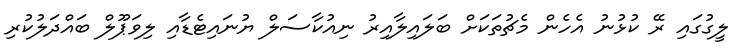
ލީގުގައި ރޭ ކުޅުނު އެހެން މެޗުތަކަށް ބަލައިލާއިރު ނިއުކާސަލް ޔުނައިޓެޑާއި ލިވަޕޫލް ބައްދަލުކުރި